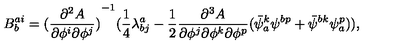
B _ { b } ^ { a i } = { ( \frac { \partial ^ { 2 } A } { \partial \phi ^ { i } \partial \phi ^ { j } } ) } ^ { - 1 } ( \frac { 1 } { 4 } \lambda _ { b j } ^ { a } - \frac { 1 } { 2 } \frac { \partial ^ { 3 } A } { \partial \phi ^ { j } \partial \phi ^ { k } \partial \phi ^ { p } } ( \bar { \psi } _ { a } ^ { k } \psi ^ { b p } + \bar { \psi } ^ { b k } \psi _ { a } ^ { p } ) ) ,